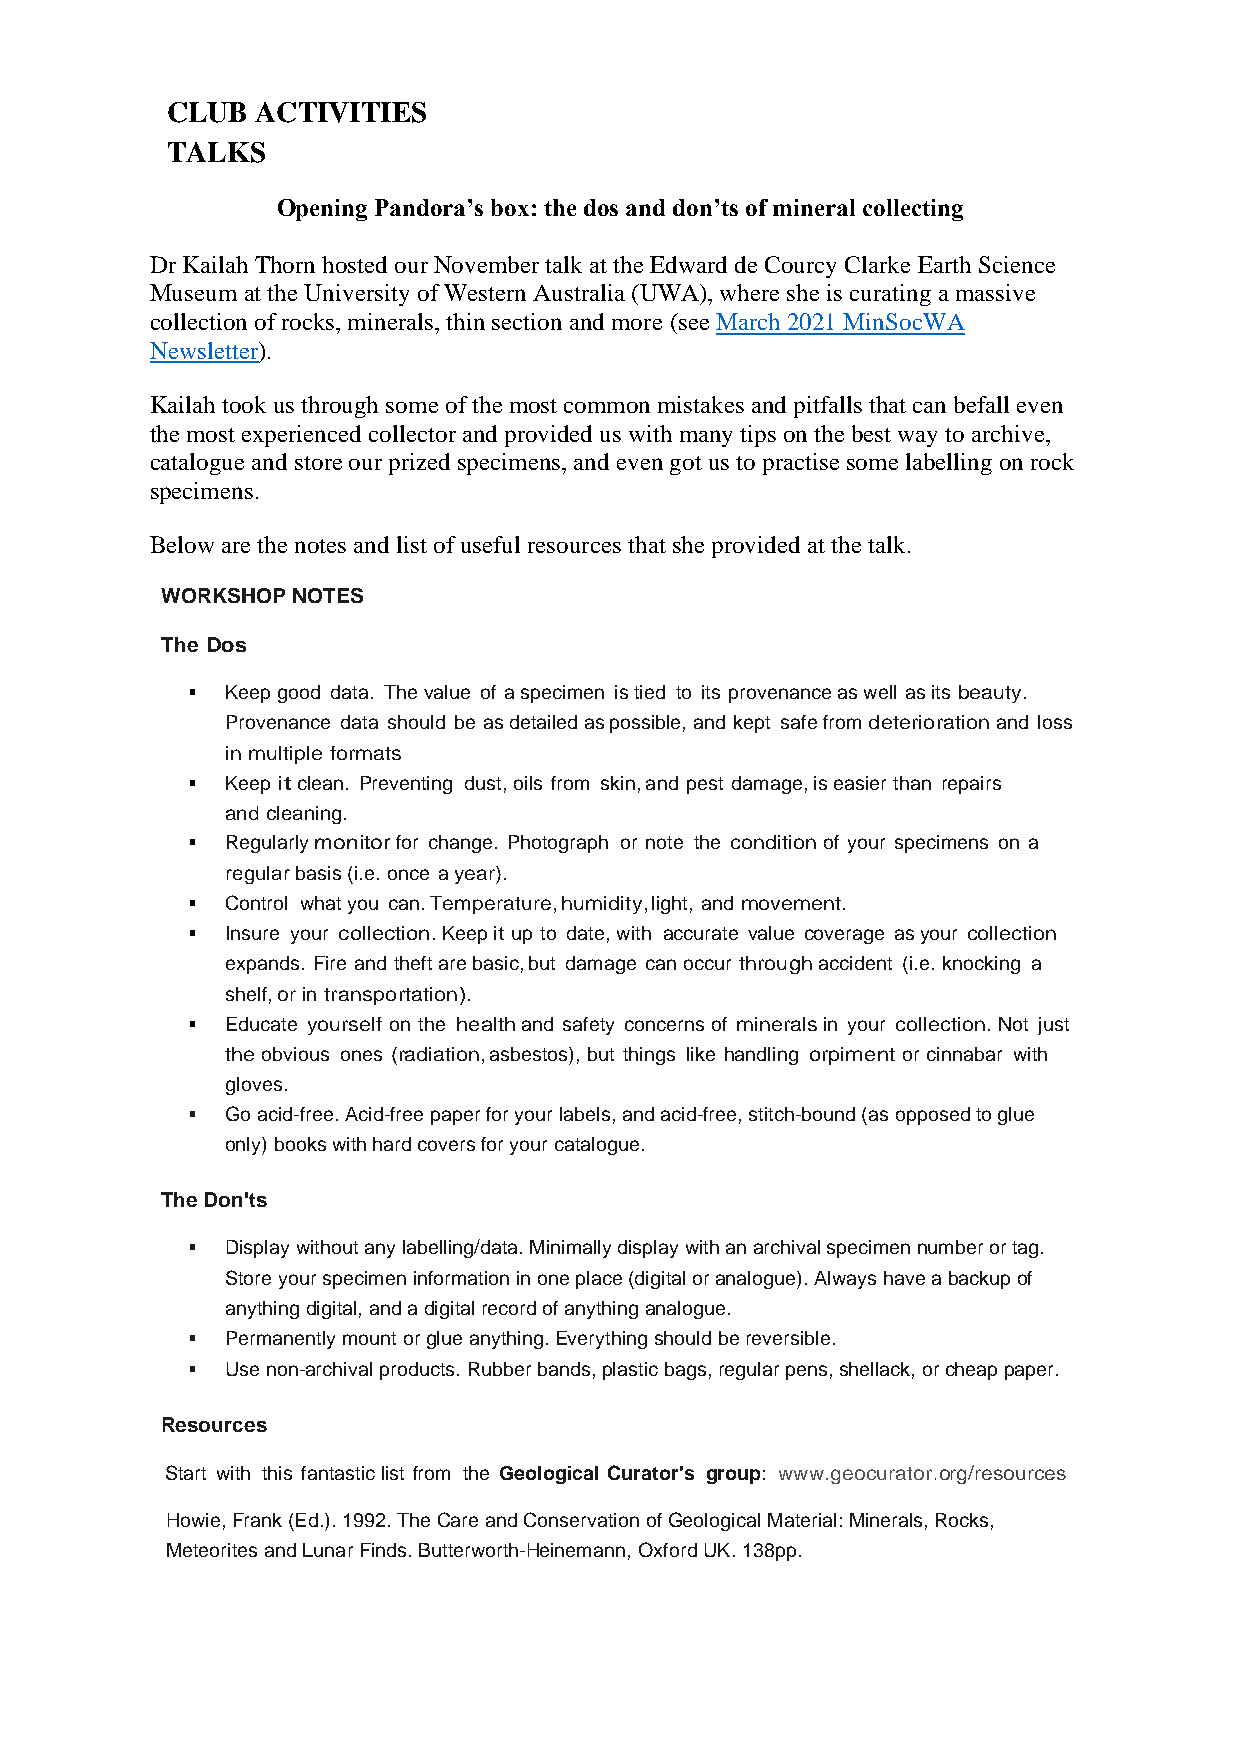
CLUB  ACTIVITIES
 TALKS
 Opening Pandora’s box: the dos and don’ts of mineral collecting
 Dr Kailah Thorn hosted our November talk at the Edward de Courcy Clarke Earth Science
 Museum at the University of Western Australia (UWA), where she is curating a massive
 collection of rocks, minerals, thin section and more (see March 2021 MinSocWA
 Newsletter).
 Kailah took us through some of the most common mistakes and pitfalls that can befall even
 the most experienced collector and provided us with many tips on the best way to archive,
 catalogue and store our prized specimens, and even got us to practise some labelling on rock
 specimens.
 Below are the notes and list of useful resources that she provided at the talk.
 WORKSHOP NOTES
 The Dos
 ▪  Keep good data. The value of a specimen is tied to its provenance as well as its beauty.
 Provenance data should be as detailed as possible, and kept safe from deterioration and loss
 in multiple formats
 ▪  Keep it clean. Preventing dust, oils from skin, and pest damage, is easier than repairs
 and cleaning.
 ▪  Regularly monitor for change. Photograph or note the condition of your specimens on a
 regular basis (i.e. once a year).
 ▪  Control what you can. Temperature, humidity, light, and movement.
 ▪  Insure your collection. Keep it up to date, with accurate value coverage as your collection
 expands. Fire and theft are basic, but damage can occur through accident (i.e. knocking a
 shelf, or in transportation).
 ▪  Educate yourself on the health and safety concerns of minerals in your collection. Not just
 the obvious ones (radiation, asbestos), but things like handling orpiment or cinnabar with
 gloves.
 ▪  Go acid-free. Acid-free paper for your labels, and acid-free, stitch-bound (as opposed to glue
 only) books with hard covers for your catalogue.
 The Don'ts
 ▪  Display without any labelling/data. Minimally display with an archival specimen number or tag.
 Store your specimen information in one place (digital or analogue). Always have a backup of
 anything digital, and a digital record of anything analogue.
 ▪  Permanently mount or glue anything. Everything should be reversible.
 ▪  Use non-archival products. Rubber bands, plastic bags, regular pens, shellack, or cheap paper.
 Resources
 Start with this fantastic list from the Geological Curator's group: www.geocurator.org/resources
 Howie, Frank (Ed.). 1992. The Care and Conservation of Geological Material: Minerals, Rocks,
 Meteorites and Lunar Finds. Butterworth-Heinemann, Oxford UK. 138pp.